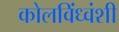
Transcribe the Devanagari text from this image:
कोलविंध्वंशी